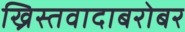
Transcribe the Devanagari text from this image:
ख्रिस्तवादाबरोबर